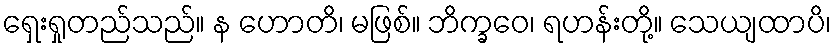
ရှေးရှုတည်သည်။ န ဟောတိ၊ မဖြစ်။ ဘိက္ခဝေ၊ ရဟန်းတို့။ သေယျထာပိ၊